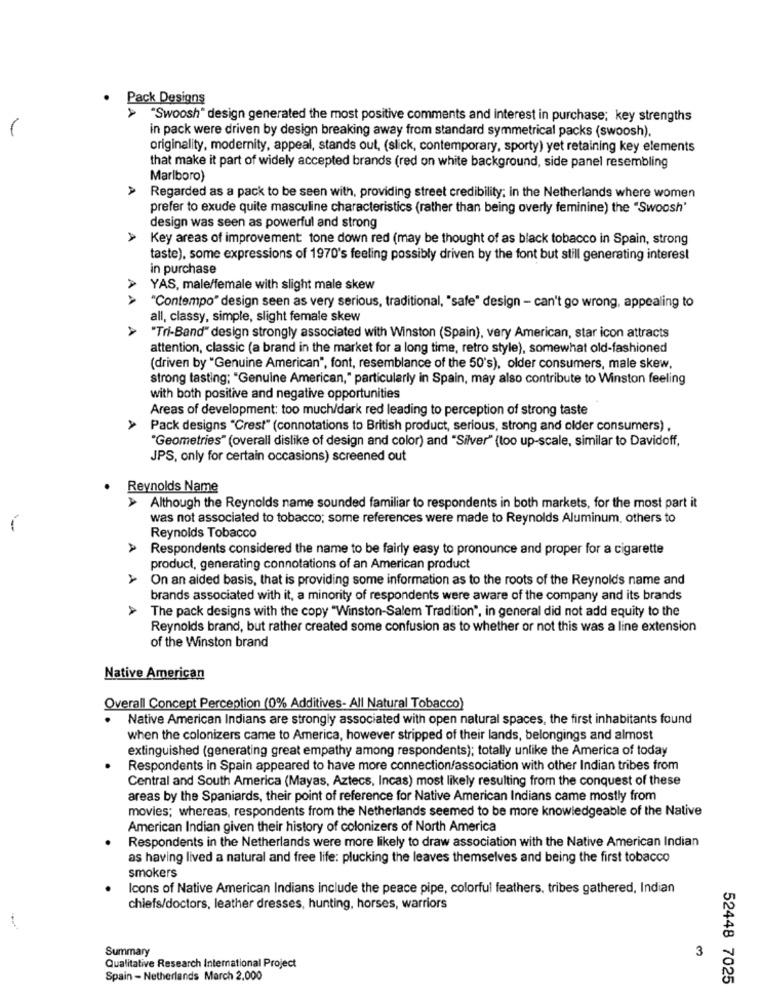
.
Pack Designs
A
"Swoosh" design generated the most positive comments and interest in purchase; key strengths
1
in pack were driven by design breaking away from standard symmetrical packs (swoosh),
originality, modernity, appeal, stands out, (slick, contemporary, sporty) yet retaining key elements
that make it part of widely accepted brands (red on white background, side panel resembling
Marlboro)
Regarded as a pack to be seen with, providing street credibility; in the Netherlands where women
prefer to exude quite masculine characteristics (rather than being overly feminine) the "Swoosh'
design was seen as powerful and strong
Key areas of improvement: tone down red (may be thought of as black tobacco in Spain, strong
taste), some expressions of 1970's feeling possibly driven by the font but still generating interest
in purchase
YAS, male/female with slight male skew
"Contempo" design seen as very serious, traditional, "safe" design - can't go wrong, appealing to
all, classy, simple, slight female skew
AAA
"Tri-Band" design strongly associated with Winston (Spain), very American, star icon attracts
attention, classic (a brand in the market for a long time, retro style), somewhat old-fashioned
(driven by "Genuine American", font, resemblance of the 50's), older consumers, male skew,
strong tasting; "Genuine American," particularly in Spain, may also contribute to Winston feeling
with both positive and negative opportunities
Areas of development: too much/dark red leading to perception of strong taste
Pack designs "Crest" (connotations to British product, serious, strong and older consumers) ,
"Geometries" (overall dislike of design and color) and "Silver" (too up-scale, similar to Davidoff,
JPS, only for certain occasions) screened out
Reynolds Name
Although the Reynolds name sounded familiar to respondents in both markets, for the most part it
was not associated to tobacco; some references were made to Reynolds Aluminum, others to
Reynolds Tobacco
A
Respondents considered the name to be fairly easy to pronounce and proper for a cigarette
product, generating connotations of an American product
On an aided basis, that is providing some information as to the roots of the Reynolds name and
brands associated with it, a minority of respondents were aware of the company and its brands
The pack designs with the copy "Winston-Salem Tradition", in general did not add equity to the
Reynolds brand, but rather created some confusion as to whether or not this was a line extension
of the Winston brand
Native American
Overall Concept Perception (0% Additives- All Natural Tobacco)
Native American Indians are strongly associated with open natural spaces, the first inhabitants found
when the colonizers came to America, however stripped of their lands, belongings and almost
extinguished (generating great empathy among respondents); totally unlike the America of today
Respondents in Spain appeared to have more connection/association with other Indian tribes from
Central and South America (Mayas, Aztecs, Incas) most likely resulting from the conquest of these
areas by the Spaniards, their point of reference for Native American Indians came mostly from
movies; whereas, respondents from the Netherlands seemed to be more knowledgeable of the Native
American Indian given their history of colonizers of North America
Respondents in the Netherlands were more likely to draw association with the Native American Indian
as having lived a natural and free life: plucking the leaves themselves and being the first tobacco
smokers
Icons of Native American Indians include the peace pipe, colorful feathers, tribes gathered, Indian
chiefs/doctors, leather dresses, hunting, horses, warriors
Summary
3
Qualitative Research International Project
Spain - Netherlands March 2,000
52448 7025